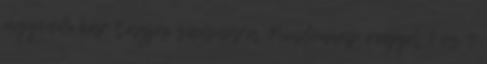
ügyvédi kar tagjai számára. Mindennap reggel 7 és 9